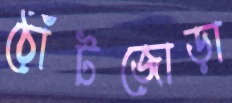
ঠোঁটজোড়া